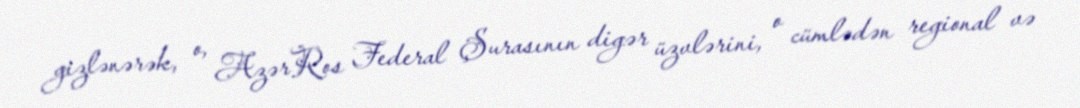
gizlənərək, o, AzərRos Federal Şurasının digər üzvlərini, o cümlədən regional və